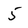
Character: 5